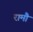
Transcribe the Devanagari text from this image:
रामौ